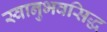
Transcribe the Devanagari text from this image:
स्वानुभवसिद्ध